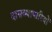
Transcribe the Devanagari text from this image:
दासव्यापारियों